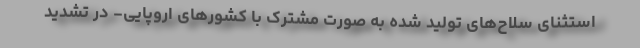
استثنای سلاح‌های تولید شده به صورت مشترک با کشورهای اروپایی- در تشدید